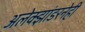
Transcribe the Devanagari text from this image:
अलेक्झांडरनेही